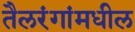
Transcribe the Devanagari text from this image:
तैलरंगांमधील